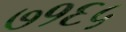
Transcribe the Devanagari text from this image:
७१६५